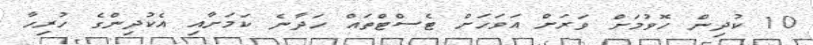
10 ކުދިން ހޮވުމަށް ވަރަށް އަވަހަށް ޓެސްޓްތައް ހަދާނެ ކަމަށާއި އެކުދިންގެ ހުރިހާ